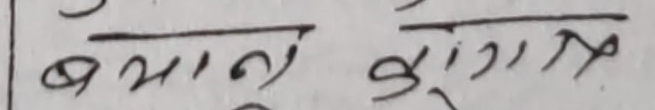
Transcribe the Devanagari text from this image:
बमाट बुएगित्र